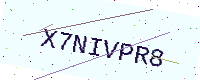
Text: X7NIVPR8